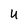
Character: U